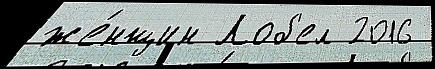
же́нщин Лоб'ел 2016